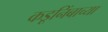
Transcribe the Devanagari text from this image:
कडूनिंबाच्या